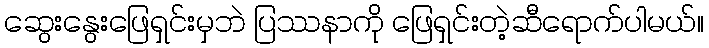
ဆွေးနွေးဖြေရှင်းမှဘဲ ပြဿနာကို ဖြေရှင်းတဲ့ဆီရောက်ပါမယ်။